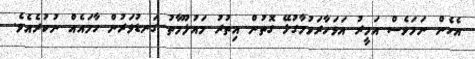
އެހެން ނަމަވެސް އަމީރު އަވަހާރަވުމާގުޅޭ ގޮތުން އިތުރު މައުލޫމާތު ގަނޑުވަރުން ހާމައެއް ނުކުރެއެވެ.